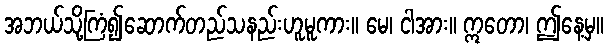
အဘယ်သို့ကြံ၍ဆောက်တည်သနည်းဟူမူကား။ မေ၊ ငါအား။ ဣတော၊ ဤနေ့မှ။